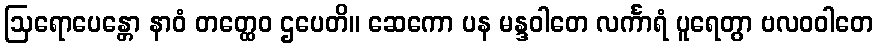
ဩရောပေန္တော နာဝံ တတ္ထေဝ ဌပေတိ။ ဆေကော ပန မန္ဒဝါတေ လင်္ကာရံ ပူရေတွာ ဗလဝဝါတေ